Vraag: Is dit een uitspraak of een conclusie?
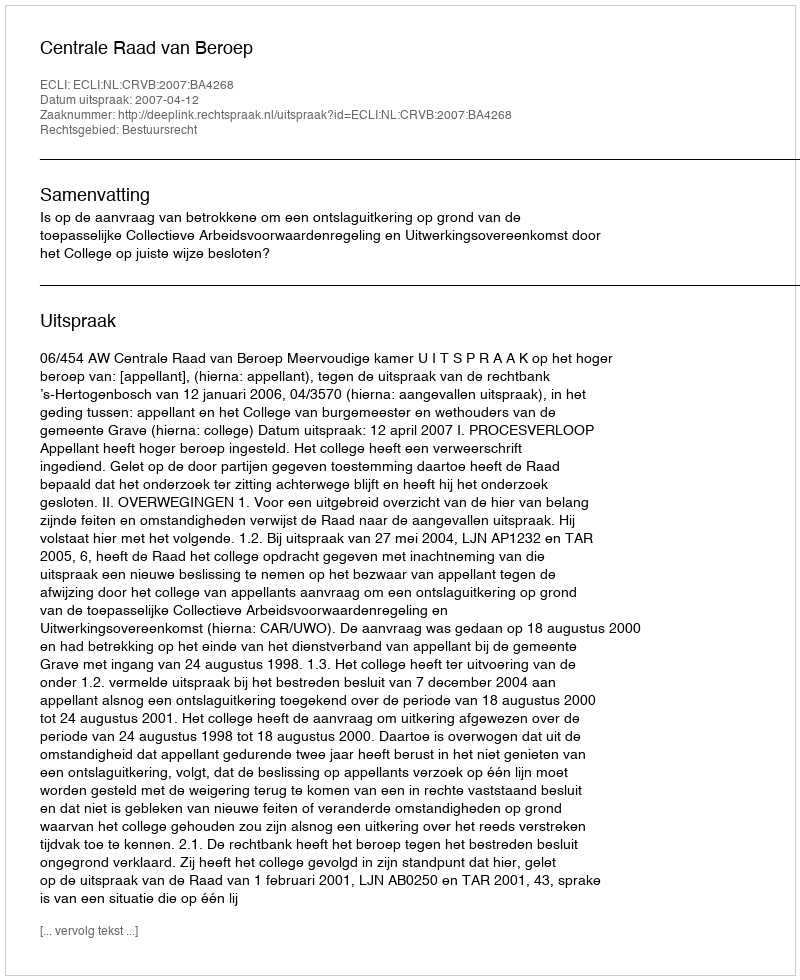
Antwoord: Uitspraak